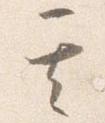
其